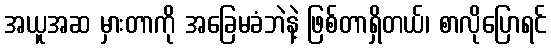
အယူအဆ မှားတာကို အခြေမခံဘဲနဲ့ ဖြစ်တာရှိတယ်၊ စာလိုပြောရင်